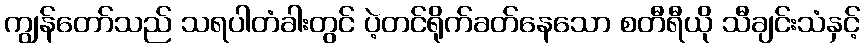
ကျွန်တော်သည် သရပါတံခါးတွင် ပဲ့တင်ရိုက်ခတ်နေသော စတီရီယို သီချင်းသံနှင့်